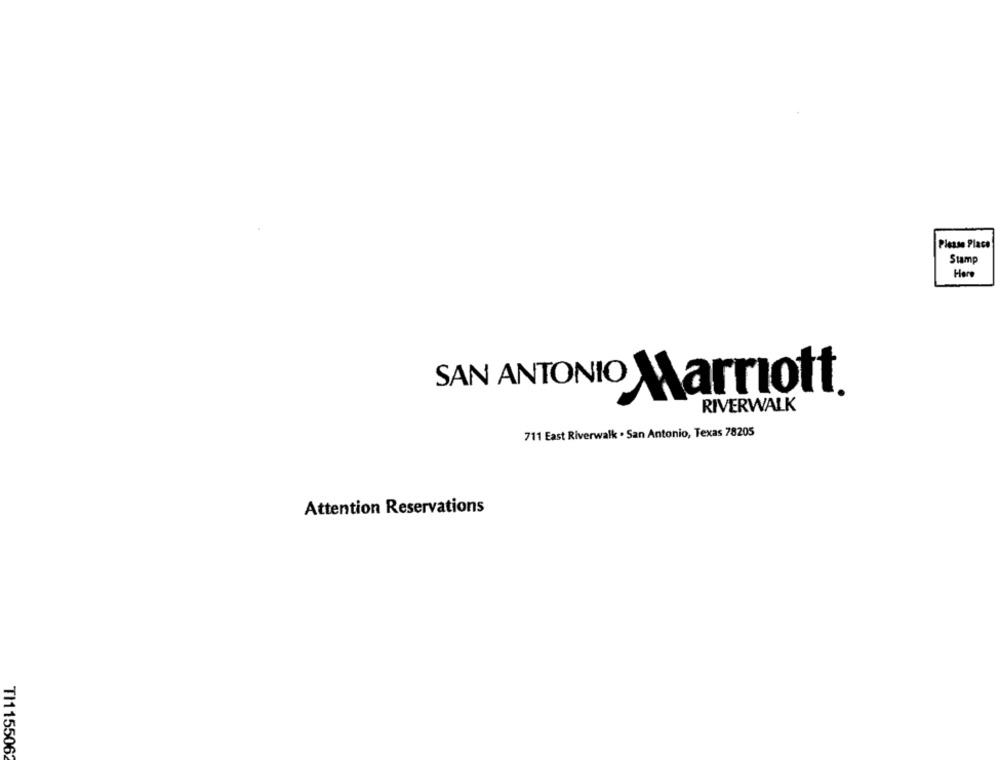
Please Place
Stamp
Here
SAN ANTONIO Marriott
RIVERWALK
711 East Riverwalk . San Antonio, Texas 78205
Attention Reservations
TI1155062